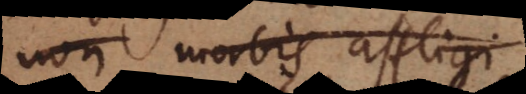
non morbis affligi